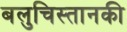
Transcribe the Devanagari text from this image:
बलुचिस्तानकी